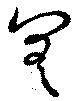
差